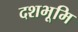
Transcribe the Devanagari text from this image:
दशभूमि